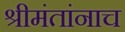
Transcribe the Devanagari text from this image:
श्रीमंतांनाच